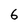
Character: 6